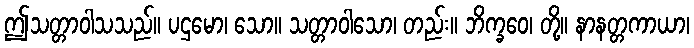
ဤသတ္တာဝါသသည်။ ပဌမော၊ သော။ သတ္တာဝါသော၊ တည်း။ ဘိက္ခဝေ၊ တို့။ နာနတ္တကာယာ၊